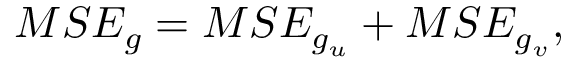
M S E _ { g } = M S E _ { g _ { u } } + M S E _ { g _ { v } } ,